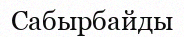
Сабырбайды